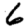
Digit: 6